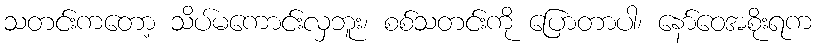
သတင်းကတော့ သိပ်မကောင်းလှဘူး၊ စစ်သတင်းကို ပြောတာပါ၊ နော်ဝေအစိုးရက